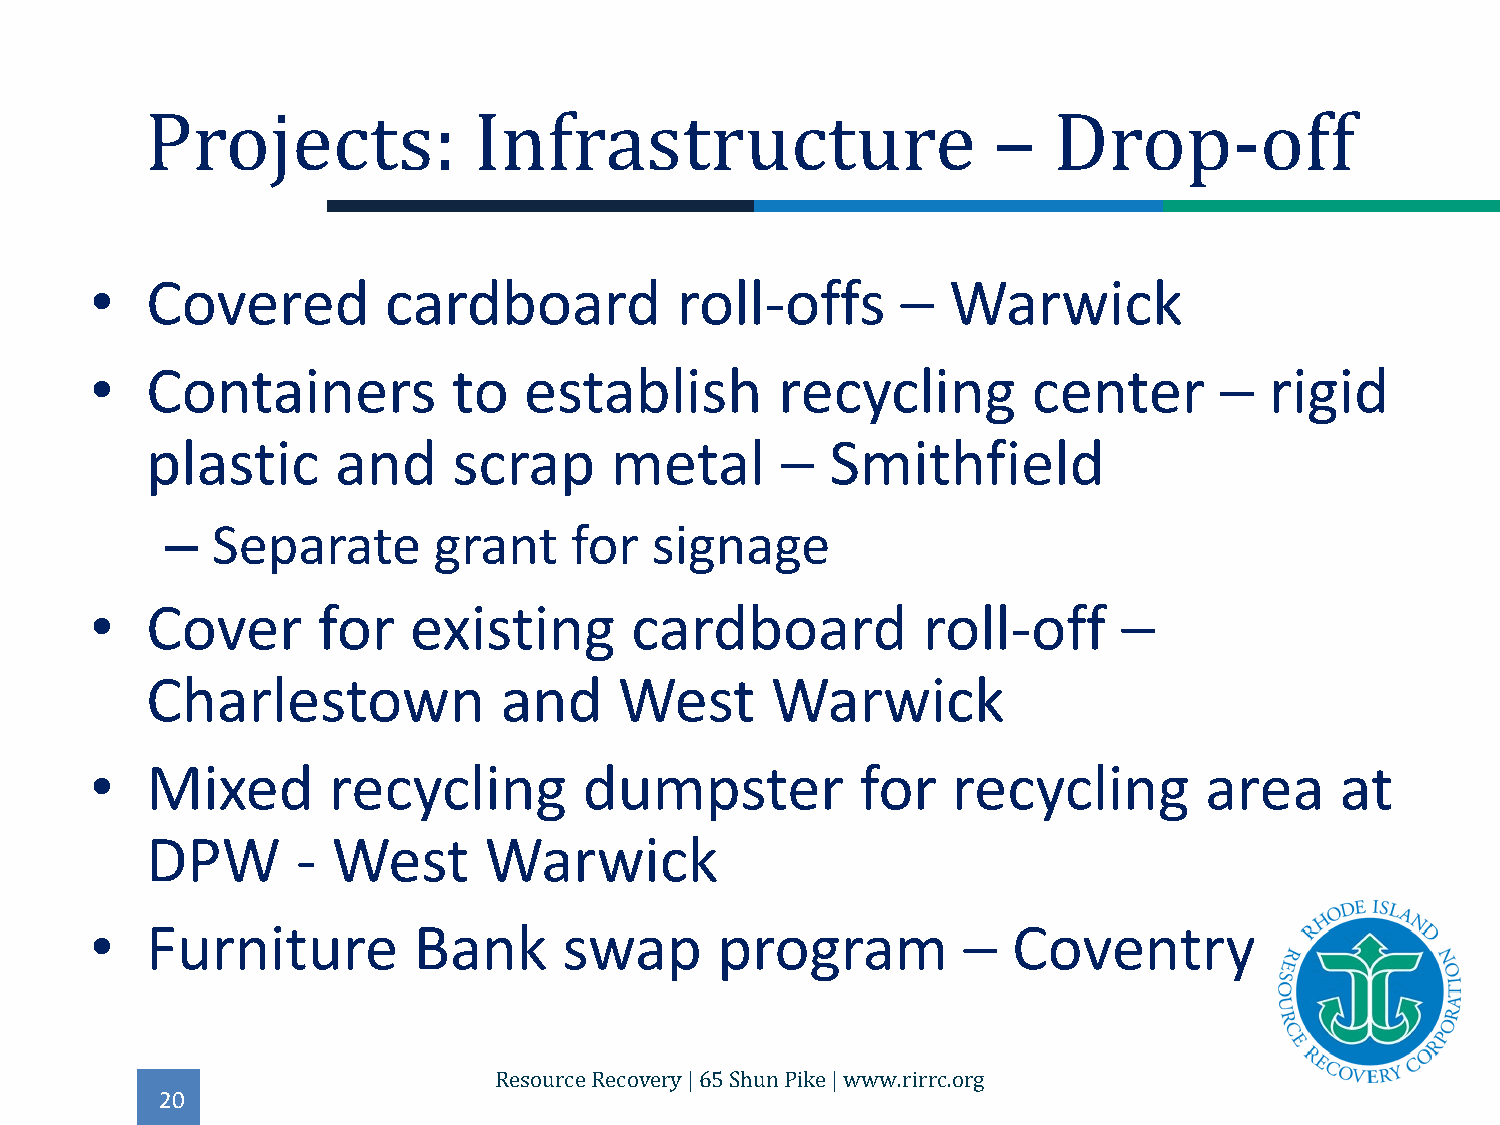
•   Covered        cardboard           roll-offs      –  Warwick
 Projects:            Infrastructure                     –   Drop-off
 •   Containers          to   establish        recycling       center       –  rigid
 plastic     and     scrap     metal       –  Smithfield
 –  Separate       grant    for  signage
 •   Cover      for   existing       cardboard          roll-off     –
 Charlestown            and     West      Warwick
 •   Mixed       recycling        dumpster          for   recycling        area     at
 DPW       - West      Warwick
 •   Furniture        Bank      swap      program          –  Coventry
 20
 Resource Recovery | 65 Shun Pike | www.rirrc.org